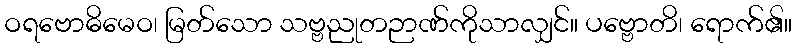
ဝရဗောဓိမေဝ၊ မြတ်သော သဗ္ဗညုတဉာဏ်ကိုသာလျှင်။ ပဗ္ဗောတိ၊ ရောက်၏။